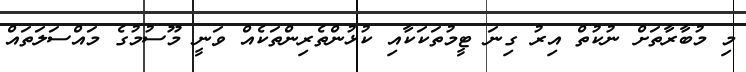
މި މުބާރާތަށް ނުކުތް އިރު ގިނަ ޓީމުތަކަކާއި ކުޅުންތެރިންތަކެއް ވަނީ މޫސުމުގެ މައްސަލަތައް